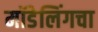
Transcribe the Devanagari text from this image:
मॉडेलिंगचा